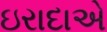
ઇરાદાએ